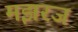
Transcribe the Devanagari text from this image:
मझरज